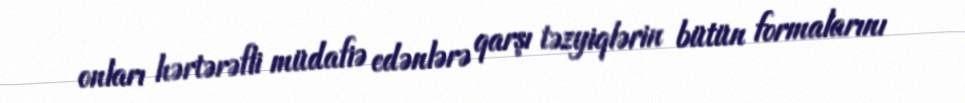
onları hərtərəfli müdafiə edənlərə qarşı təzyiqlərin bütün formalarını